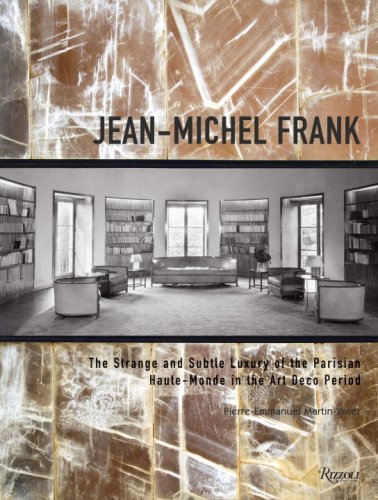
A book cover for Jean-Michel Frank: The Strange and Subtle Luxury of the Parisian Haute-Monde in the Art Deco Period; Pierre-Emmanuel Martin-Vivier; Arts & Photography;